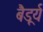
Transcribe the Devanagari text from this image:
बैडूर्य